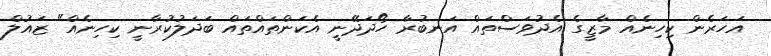
އަހަރެން ކިހިނެއް މާޒީގެ އެދުވަސްތައް އަނބުރާ ހޯދަދޭނީ އެކަންތައްތައް ބަދަލުކުރާނީ ކިހިނެއް" ޒައުލް